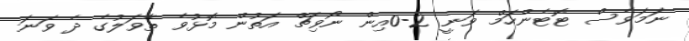
ނަމަވެސް ޓޮޓެންހަމް ވަނީ 2-0އިން ނޯވިޗް އަތުން މޮޅުވެ ތާވަލުގެ ދެ ވަނަ